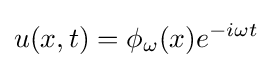
u(x,t)=\phi _{\omega }(x)e^{-i\omega t}